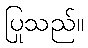
ပြုသည်။